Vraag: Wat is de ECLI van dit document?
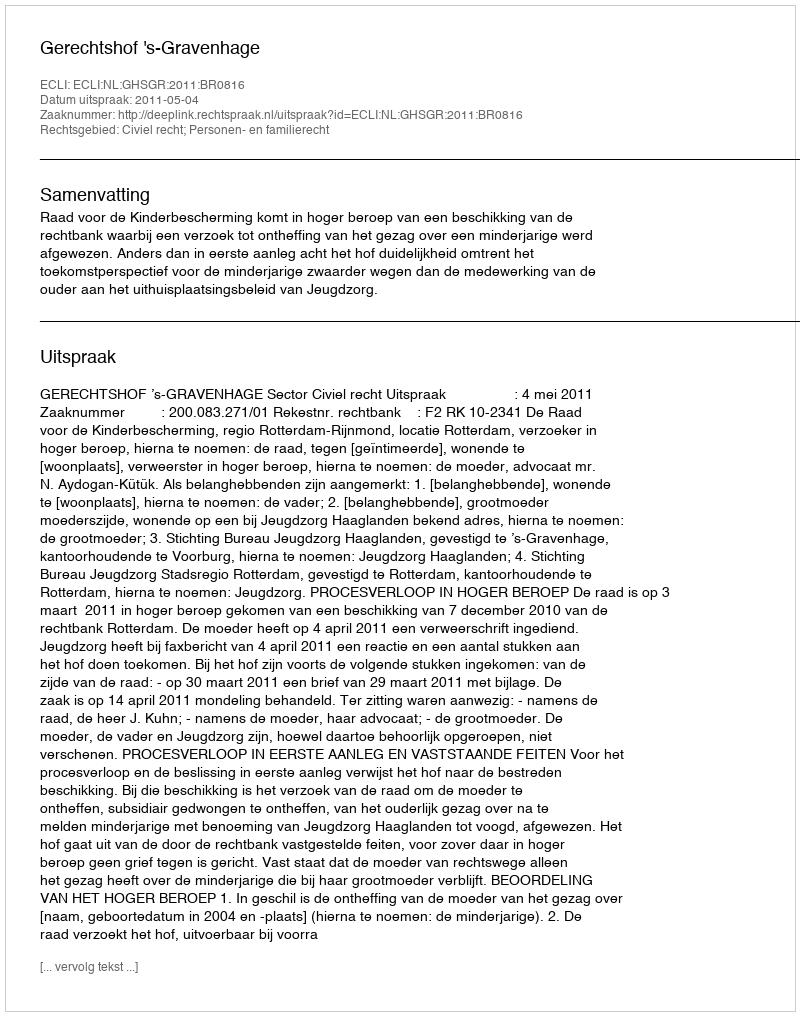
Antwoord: ECLI:NL:GHSGR:2011:BR0816